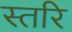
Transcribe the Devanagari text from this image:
स्तरि